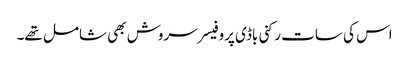
اس کی سات رکنی باڈی پروفیسر سروش بھی شامل تھے۔